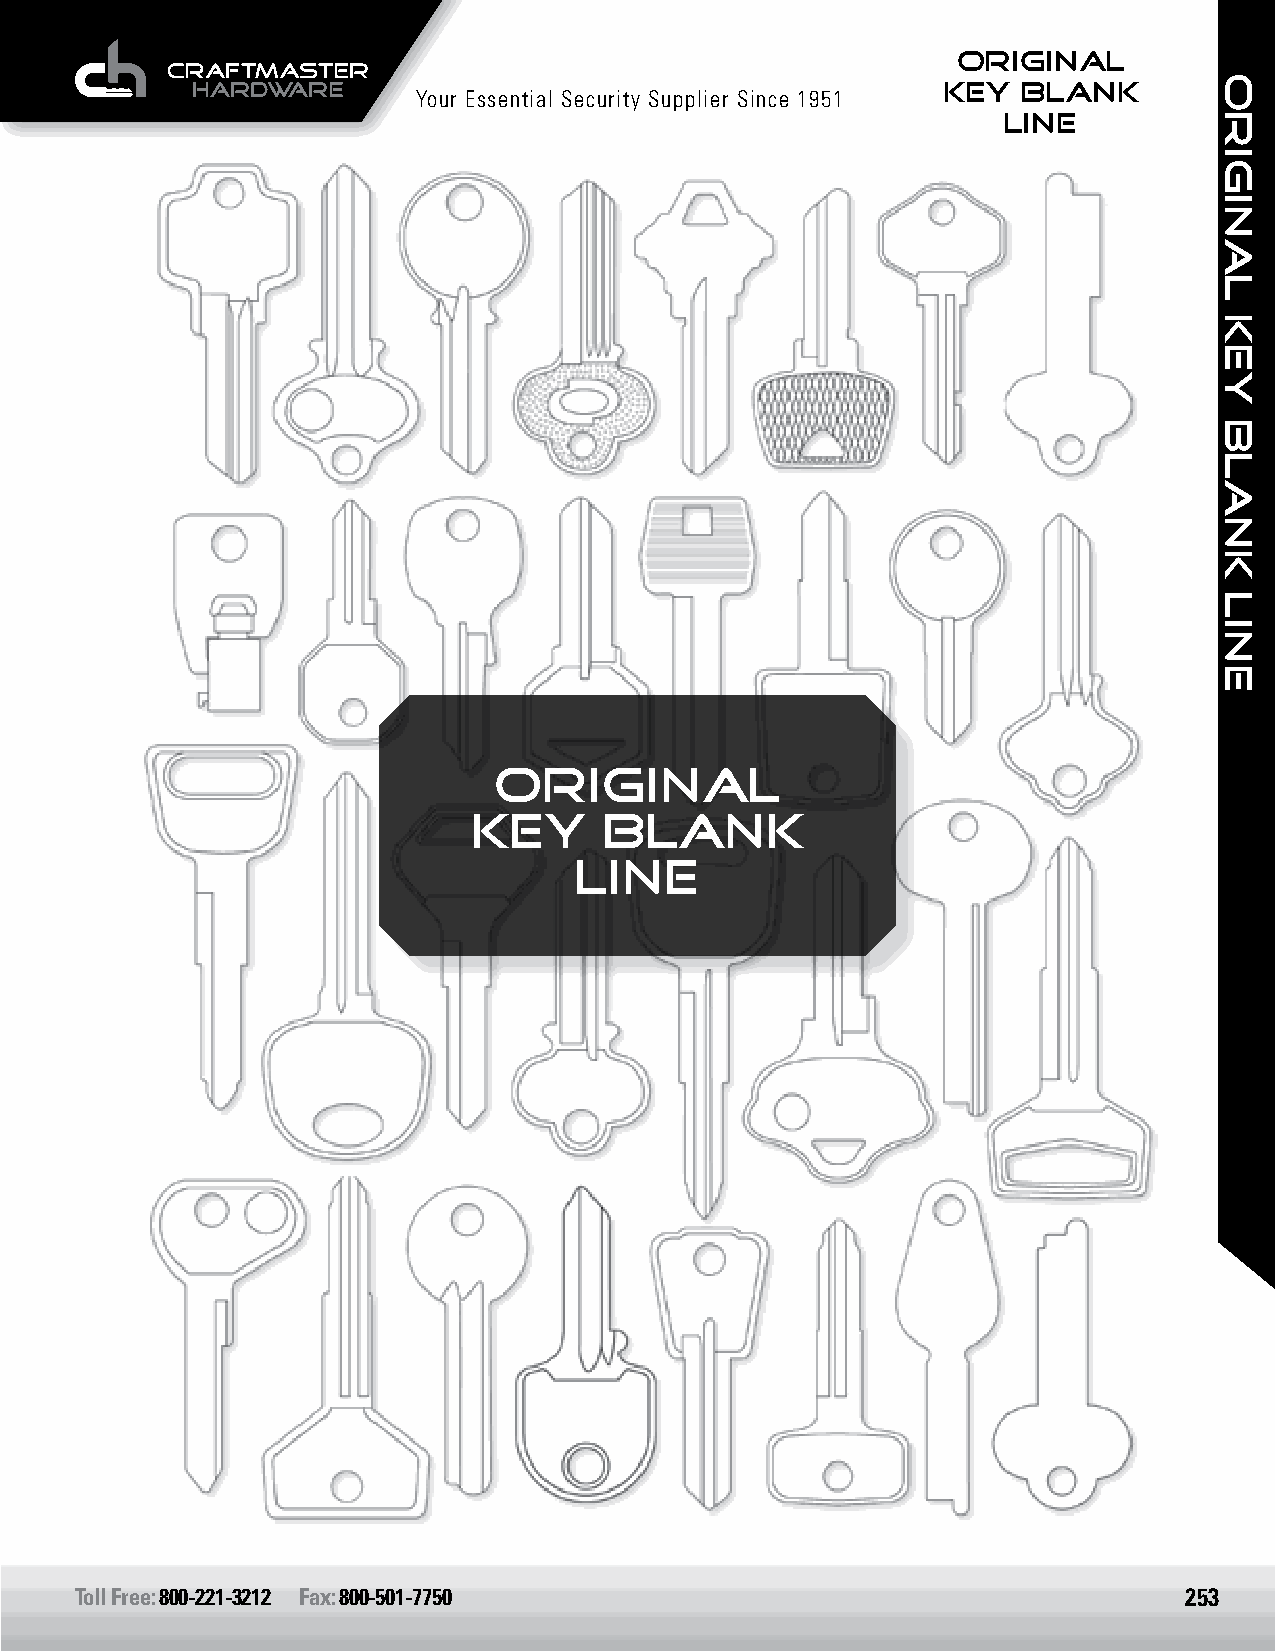
originaL
 KEY   BLANK
 Your Essential Security Supplier Since 1951
 LINE
 ORIGINAL
 KEY      BLANK
 Line
 Toll Free: 800-221-3212 Fax: 800-501-7750                                253
 ORIGINAL
 KEY
 BLANK
 LINE